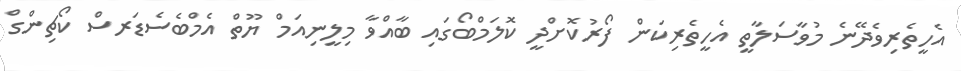
އެހީތެރިވެދޭނެ މުވާސަލާތީ އެހީތެރިކަން ފޯރުކޮށްދީ ކޮލަމްބޯގައި ބާއްވާ މިލީނިއަމް ޔޫތް އެމްބެސެޑަރސް ކޯޗިންގް